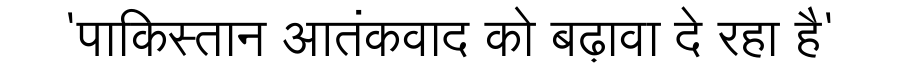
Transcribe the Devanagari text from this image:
'पाकिस्तान आतंकवाद को बढ़ावा दे रहा है'